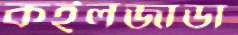
কইলজাডা